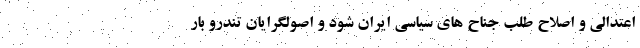
اعتدالی و اصلاح طلب جناح های سیاسی ایران شود و اصولگرایان تندرو بار